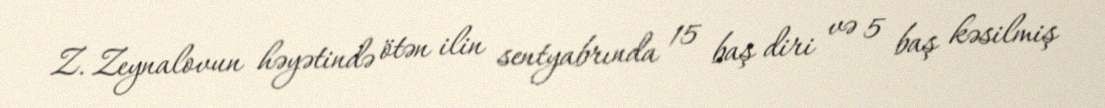
Z. Zeynalovun həyətində ötən ilin sentyabrında 15 baş diri və 5 baş kəsilmiş